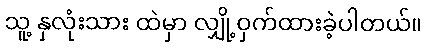
သူ့ နှလုံးသား ထဲမှာ လျှို့ဝှက်ထားခဲ့ပါတယ်။